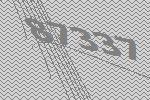
87337